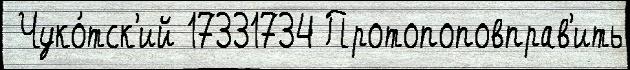
 Чуко́тск'ий 17331734 Протопоповправ'ить